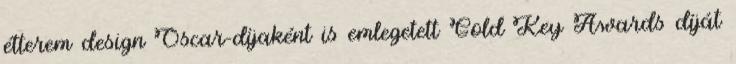
étterem design Oscar-díjaként is emlegetett Gold Key Awards díját